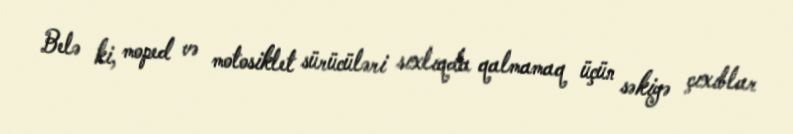
Belə ki, moped və motosiklet sürücüləri sıxlıqda qalmamaq üçün səkiyə çıxıblar